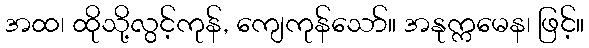
အထ၊ ထိုသို့လွင့်ကုန်, ကျေကုန်သော်။ အနုက္ကမေန၊ ဖြင့်။